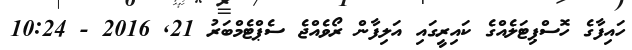
ހައިފާގެ ހޮސްޕިޓަލެއްގެ ކައިރީގައި އަލިފާން ރޯވެއްޖެ ސެޕްޓެމްބަރު 21